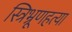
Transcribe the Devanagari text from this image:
स्त्रिभ्रूणहत्या